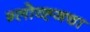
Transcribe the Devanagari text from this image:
ग्लोव्ह्जचा